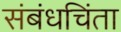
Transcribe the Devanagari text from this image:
संबंधचिंता